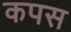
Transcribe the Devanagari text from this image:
कपस